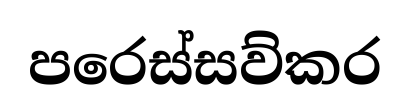
පරෙස්සව්කර